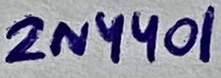
Text: 2N4401